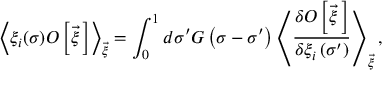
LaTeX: \left< \xi _ { i } ( \sigma ) { \cal O } \left[ \vec { \xi } { \, } \right] \right> _ { \vec { \xi } } = \int _ { 0 } ^ { 1 } d \sigma ^ { \prime } G \left( \sigma - \sigma ^ { \prime } \right) \left< \frac { \delta { \cal O } \left[ \vec { \xi } { \, } \right] } { \delta \xi _ { i } \left( \sigma ^ { \prime } \right) } \right> _ { \vec { \xi } } ,